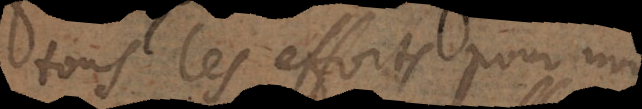
tous les efforts pour